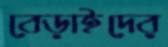
বেড়াইদের